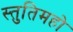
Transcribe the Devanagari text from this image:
स्तुतिमहो